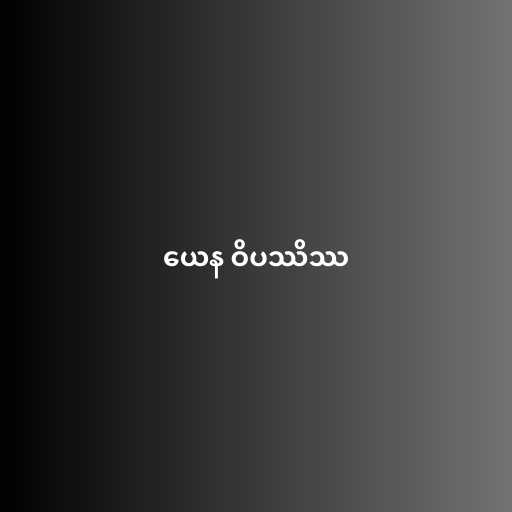
ယေန ဝိပဿိဿ